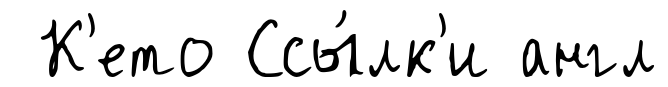
К'ето Ссы́лк'и англ